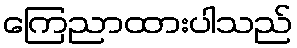
ကြေညာထားပါသည်